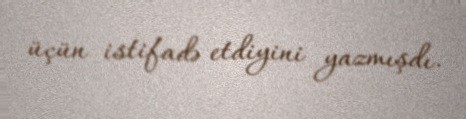
üçün istifadə etdiyini yazmışdı.